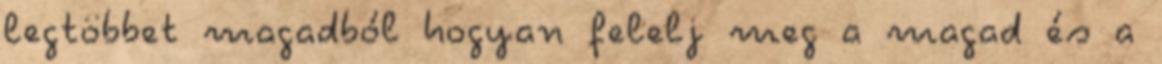
legtöbbet magadból hogyan felelj meg a magad és a